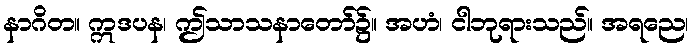
နာဂိတ။ ဣဒပန၊ ဤသာသနာတော်၌။ အဟံ၊ ငါဘုရားသည်။ အရညေ၊